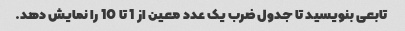
تابعی بنویسید تا جدول ضرب یک عدد معین از 1 تا 10 را نمایش دهد.